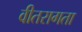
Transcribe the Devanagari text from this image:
वीतरागता